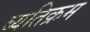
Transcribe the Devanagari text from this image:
ब्यतिक्रम